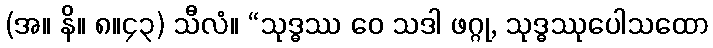
(အ။ နိ။ ၈။၄၃) သီလံ။ “သုဒ္ဓဿ ဝေ သဒါ ဖဂ္ဂု, သုဒ္ဓဿုပေါသထော